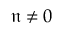
\mathfrak { n } \ne 0